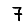
Digit: 7